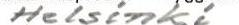
Helsinki